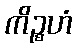
ကိဉ္စဟံ